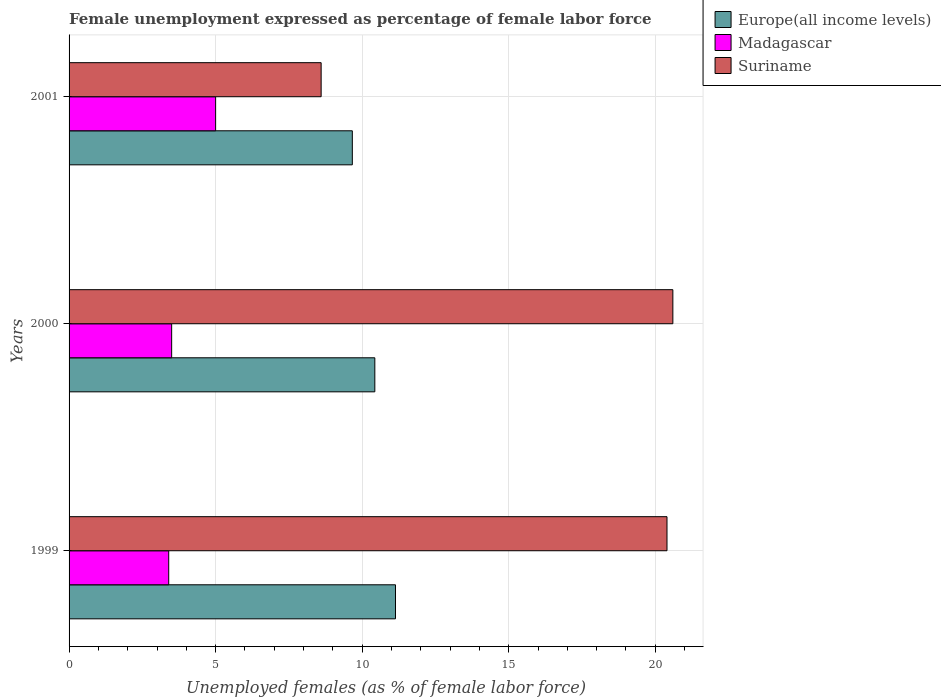
| Years | Europe(all income levels) | Madagascar | Suriname |
 | --- | --- | --- | --- |
 | 1999 | 11.1 | 3.4 | 20.4 |
 | 2000 | 10.4 | 3.5 | 20.6 |
 | 2001 | 9.66 | 5 | 8.6 |